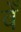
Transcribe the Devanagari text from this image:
वेँ